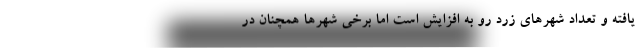
یافته و تعداد شهرهای زرد رو به افزایش است اما برخی شهرها همچنان در